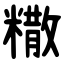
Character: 糤